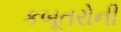
કબૂતરોની